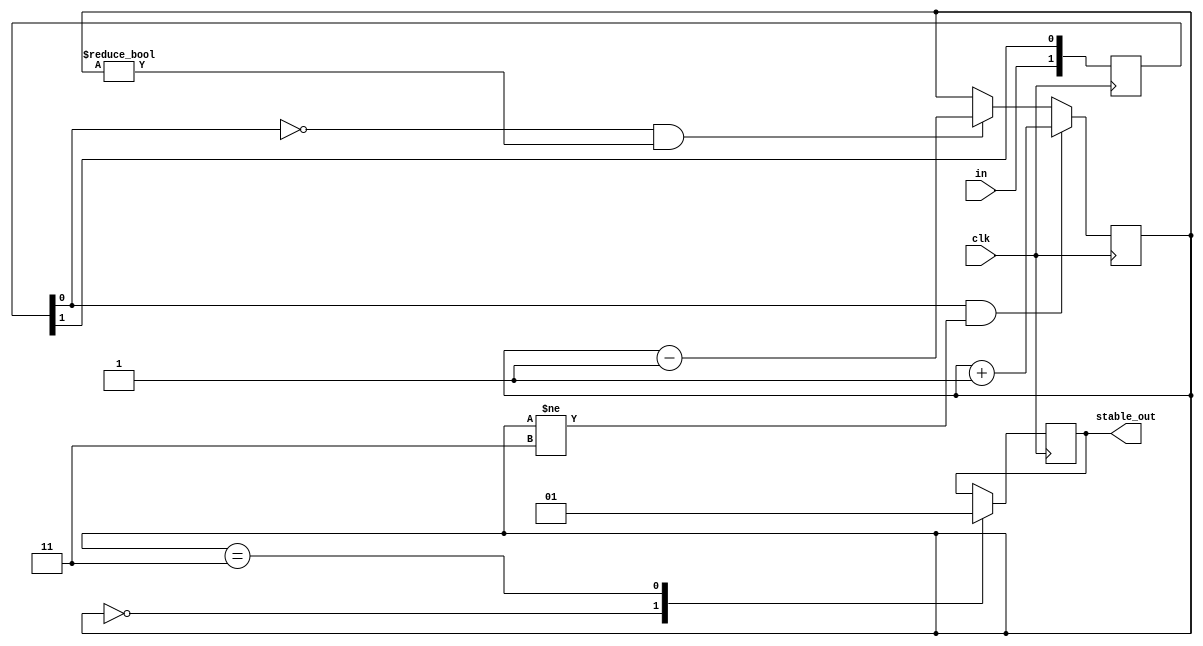
`timescale 1ns / 1ps
//////////////////////////////////////////////////////////////////////////////////
// Company: 
// Engineer: 
// 
// Design Name: 
// Module Name: data_sync
// Project Name: 
// Target Devices: 
// Tool Versions: 
// Description: 
// 
// Dependencies: 
// 
// Revision:
// Revision 0.01 - File Created
// Additional Comments:
// 
//////////////////////////////////////////////////////////////////////////////////

module data_sync
(
	input clk,
	input in,
	output reg stable_out
);

	/* Clock synchronized input */
	reg [1:0] in_sync_sr;
	wire in_sync = in_sync_sr[0];

	always @(posedge clk)
		in_sync_sr <= {in, in_sync_sr[1]};

	/* Filter out short spikes on the input line */
	reg [1:0] sync_counter = 'b11, sync_counter_next;
	reg stable_out_next;

	always @(*) begin
		if (in_sync == 1'b1 && sync_counter != 2'b11)
			sync_counter_next = sync_counter + 'd1;
		else if (in_sync == 1'b0 && sync_counter != 2'b00)
			sync_counter_next = sync_counter - 'd1;
		else
			sync_counter_next = sync_counter;
	end

	always @(*) begin
		case (sync_counter)
		2'b00:
			stable_out_next = 1'b0;
		2'b11:
			stable_out_next = 1'b1;
		default:
			/* Keep the previous value if the counter is not on its boundaries */
			stable_out_next = stable_out;
		endcase
	end

	always @(posedge clk) begin
		stable_out <= stable_out_next;
		sync_counter <= sync_counter_next;
	end

endmodule